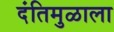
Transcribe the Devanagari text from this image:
दंतिमुळाला